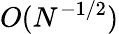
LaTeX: O(N^{-1/2})